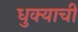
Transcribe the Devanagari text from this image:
धुक्याची